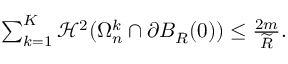
\begin{array} { r } { \sum _ { k = 1 } ^ { K } \mathcal H ^ { 2 } ( \Omega _ { n } ^ { k } \cap \partial B _ { R } ( 0 ) ) \leq { \frac { 2 m } { \widetilde R } } . } \end{array}